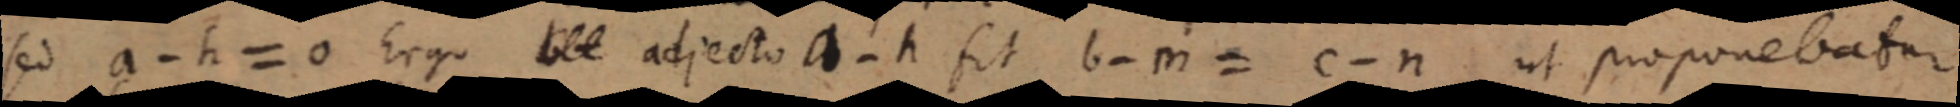
sed a - h = 0 Ergo _ adjecto a - h sit b - m = c - n ut proponebatur